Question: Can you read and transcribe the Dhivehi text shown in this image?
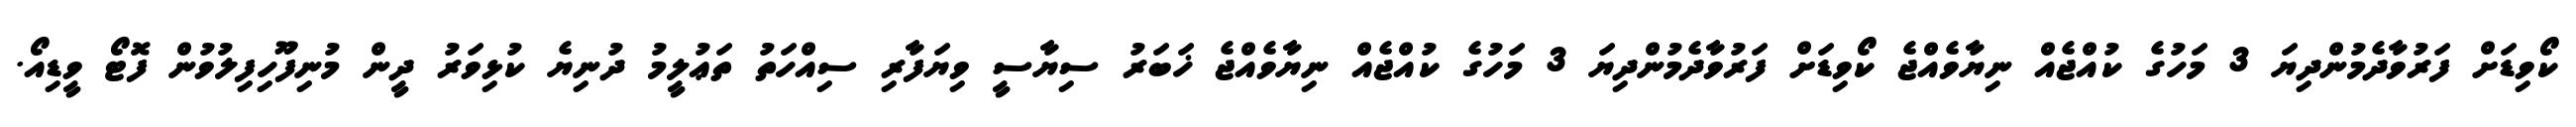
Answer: ކޯވިޑަށް ފަރުވާދެމުންދިޔަ 3 މަހުގެ ކުއްޖެއް ނިޔާވެއްޖެ ކޯވިޑަށް ފަރުވާދެމުންދިޔަ 3 މަހުގެ ކުއްޖެއް ނިޔާވެއްޖެ ޚަބަރު ސިޔާސީ ވިޔަފާރި ސިއްހަތު ތަޢުލީމު ދުނިޔެ ކުޅިވަރު ދީން މުނިފޫހިފިލުވުން ފޮޓޯ ވީޑިއޯ.